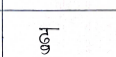
मजकूर: ठु